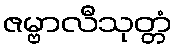
ဇမ္ဗာလီသုတ္တံ